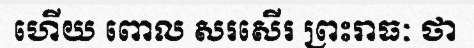
ហើយ ពោល សរសើរ ព្រះរាធៈ ថា